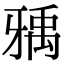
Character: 𤘐